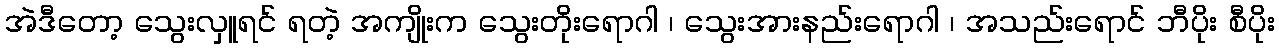
အဲဒီတော့ သွေးလှူရင် ရတဲ့ အကျိုးက သွေးတိုးရောဂါ ၊ သွေးအားနည်းရောဂါ ၊ အသည်းရောင် ဘီပိုး စီပိုး